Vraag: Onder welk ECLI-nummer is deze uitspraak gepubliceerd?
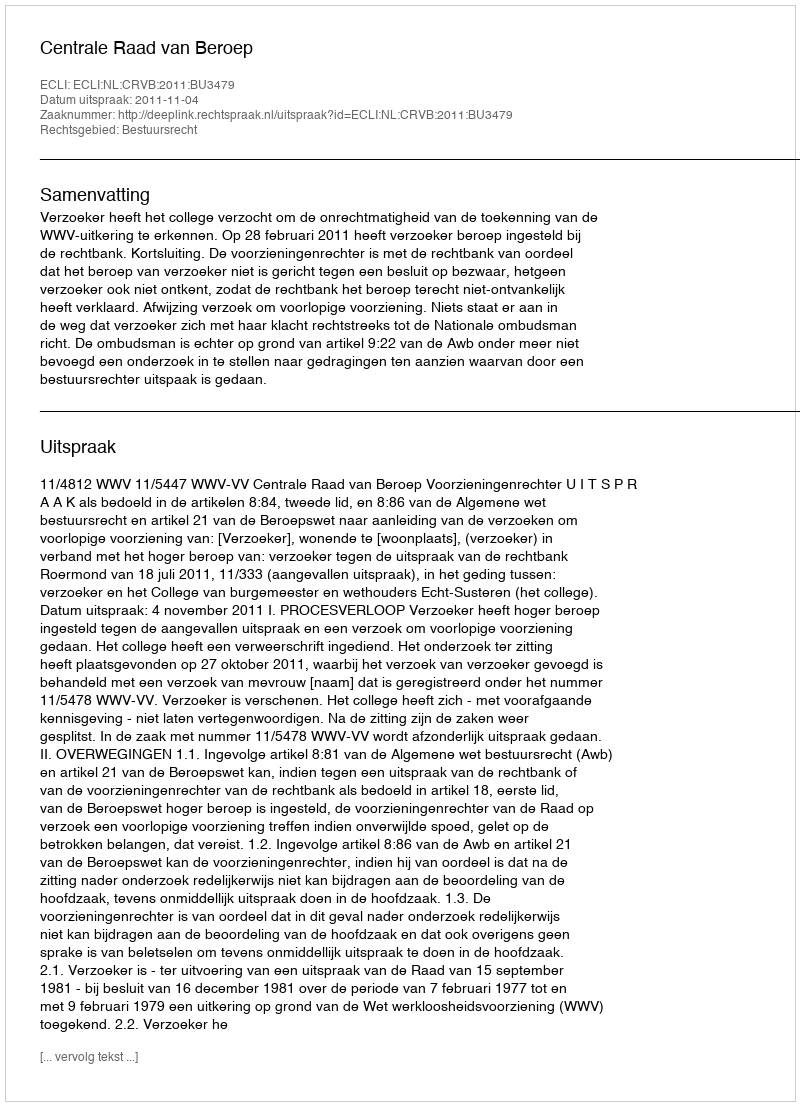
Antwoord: ECLI:NL:CRVB:2011:BU3479